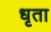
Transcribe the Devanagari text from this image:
धृता